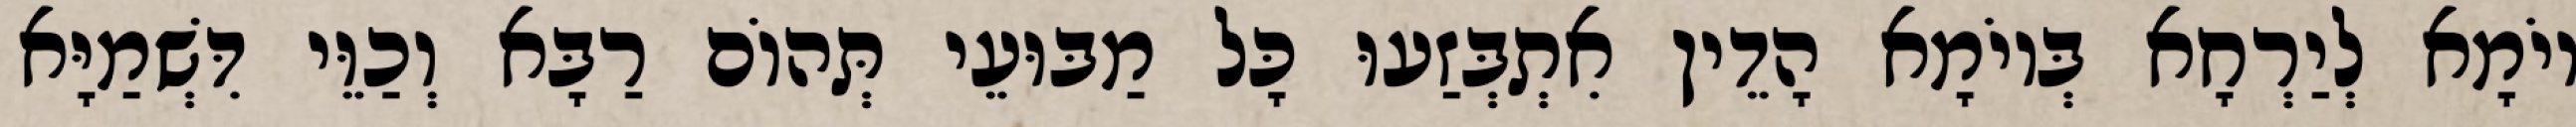
יוֹמָא לְיַרְחָא בְּיוֹמָא הָדֵין אִתְבְּזַעוּ כָּל מַבּוּעֵי תְּהוֹם רַבָּא וְכַוֵּי דִּשְׁמַיָּא